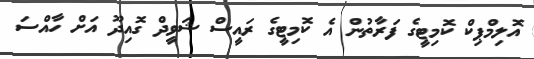
އޮލިމްޕިކް ކޮމިޓީގެ ފަރާތުން އެ ކޮމިޓީގެ ރައީސް ޝަވީދް ގޮއިދޫ އަށް ހާއްސަ